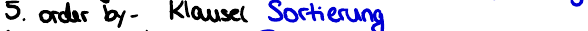
5. order by- Klausel Sortierung